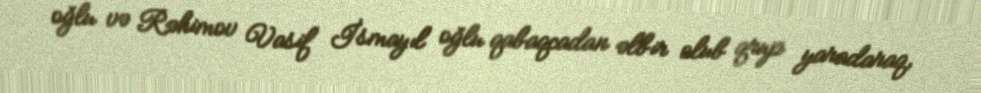
oğlu və Rəhimov Vasif İsmayıl oğlu qabaqcadan əlbir olub qrup yaradaraq,